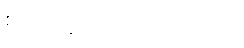
စကားချိုသာသော ပုဂ္ဂိုလ်။